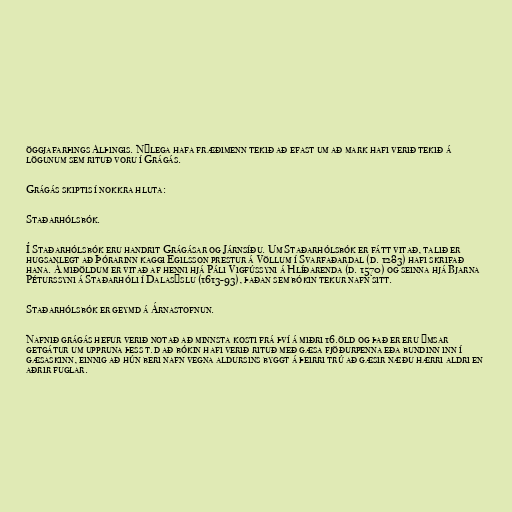
öggjafarþings Alþingis. Nýlega hafa fræðimenn tekið að efast um að mark hafi verið tekið á
lögunum sem rituð voru í Grágás.

Grágás skiptis í nokkra hluta:

Staðarhólsbók.

Í Staðarhólsbók eru handrit Grágásar og Járnsíðu. Um Staðarhólsbók er fátt vitað, talið er
hugsanlegt að Þórarinn kaggi Egilsson prestur á Völlum í Svarfaðardal (d. 1283) hafi skrifað
hana. Á miðöldum er vitað af henni hjá Páli Vigfússyni á Hlíðarenda (d. 1570) og seinna hjá Bjarna
Péturssyni á Staðarhóli í Dalasýslu (1613-93), þaðan sem bókin tekur nafn sitt.

Staðarhólsbók er geymd á Árnastofnun.

Nafnið grágás hefur verið notað að minnsta kosti frá því á miðri 16.öld og það er eru ýmsar
getgátur um uppruna þess t.d að bókin hafi verið rituð með gæsa fjöðurpenna eða bundinn inn í
gæsaskinn, einnig að hún beri nafn vegna aldursins byggt á þeirri trú að gæsir næðu hærri aldri en
aðrir fuglar.